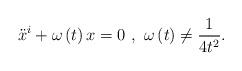
LaTeX: \begin{align*}\ddot{x}^{i}+\omega\left( t\right) x=0~,~\omega\left( t\right)\neq\frac{1}{4t^{2}}. \end{align*}